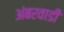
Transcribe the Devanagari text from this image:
अंबरवाडी